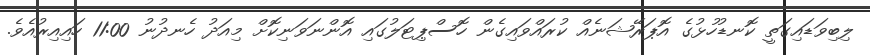
ލިބިވަޑައިގަތީ ކޮނޑުހުޅުގެ އޮޕަރޭޝަނެއް ކުރައްވައިގެން ހޮސްޕިޓަލުގައި އޮންނަވަނިކޮށް މިއަދު ހެނދުނު 11:00 ހައިއިރުއެވެ.